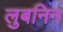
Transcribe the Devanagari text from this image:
लुबनिन